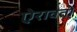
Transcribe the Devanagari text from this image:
ऐरावतो